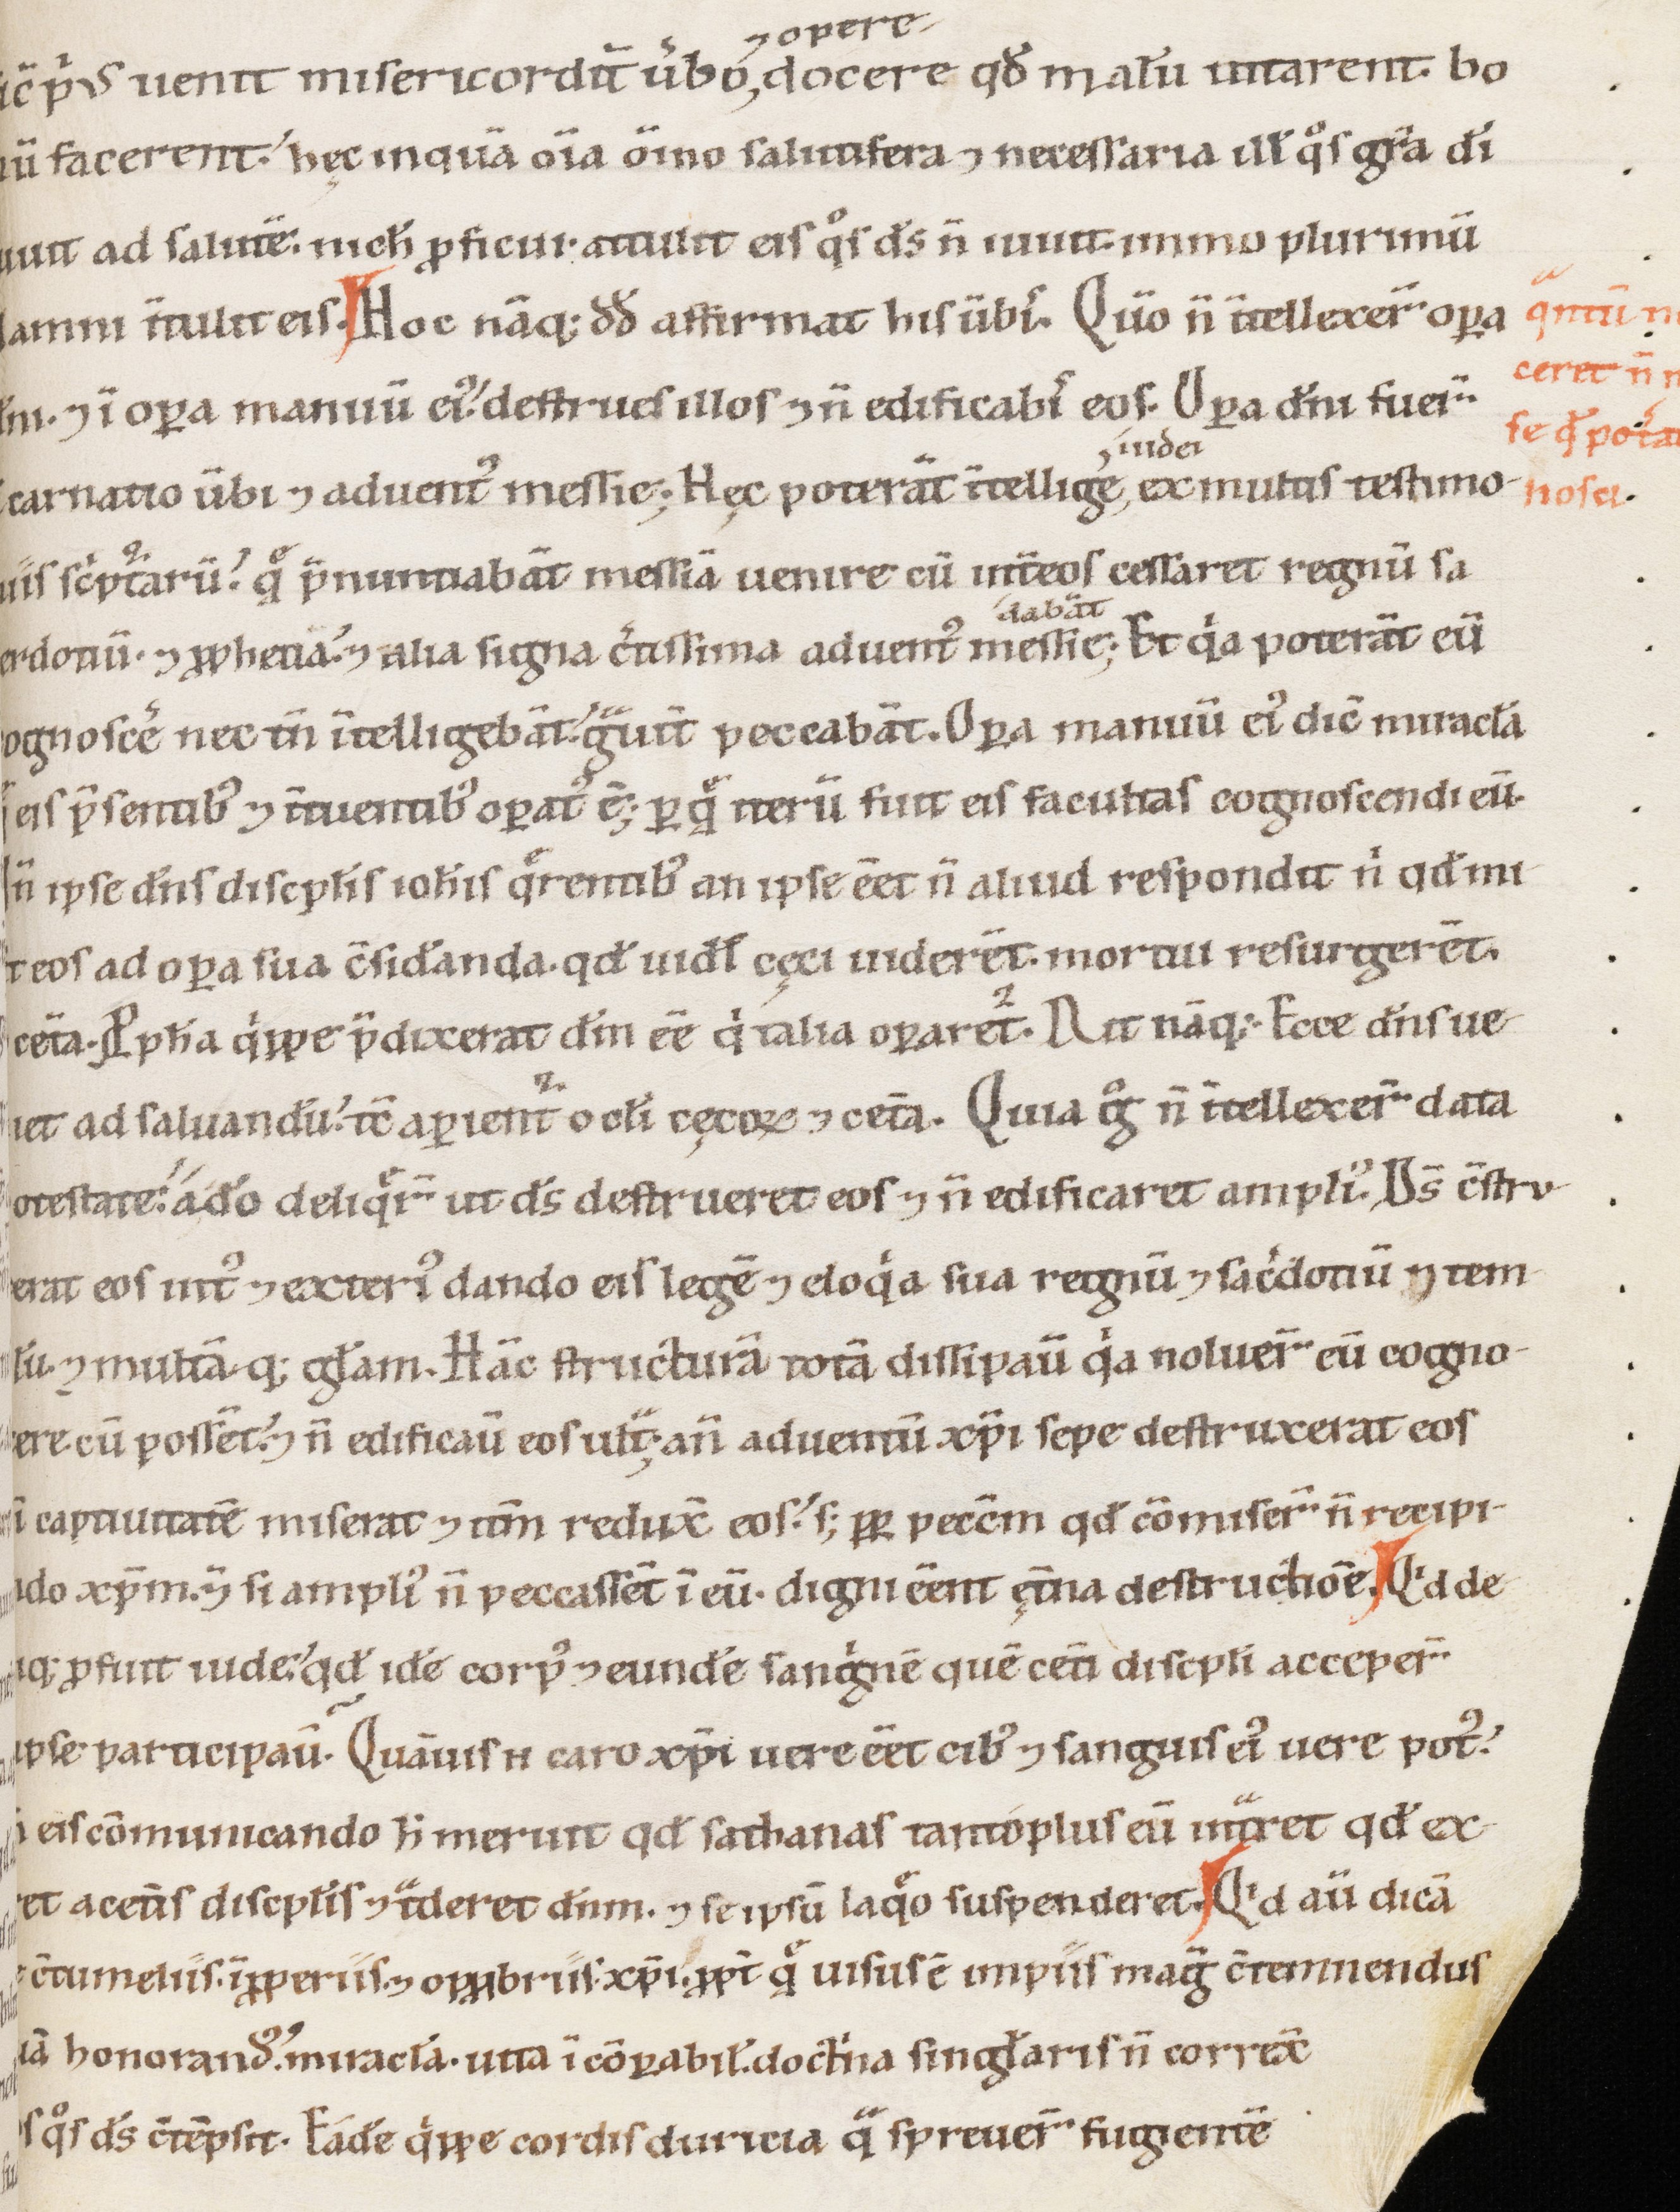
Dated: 1100–1199